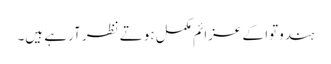
ہندوتوا کے عزائم مکمل ہوتے نظر آرہے ہیں۔